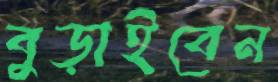
বুড়াইবেন